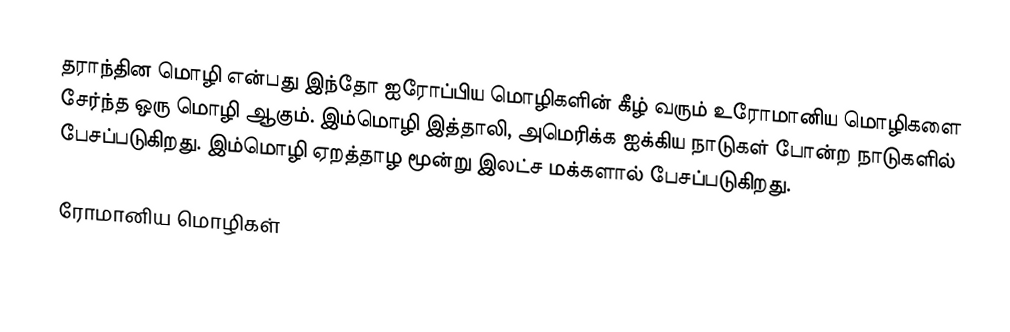
தராந்தின மொழி என்பது இந்தோ ஐரோப்பிய மொழிகளின் கீழ் வரும் உரோமானிய மொழிகளை சேர்ந்த ஒரு மொழி ஆகும். இம்மொழி இத்தாலி, அமெரிக்க ஐக்கிய நாடுகள் போன்ற நாடுகளில் பேசப்படுகிறது. இம்மொழி ஏறத்தாழ மூன்று இலட்ச மக்களால் பேசப்படுகிறது.

ரோமானிய மொழிகள்